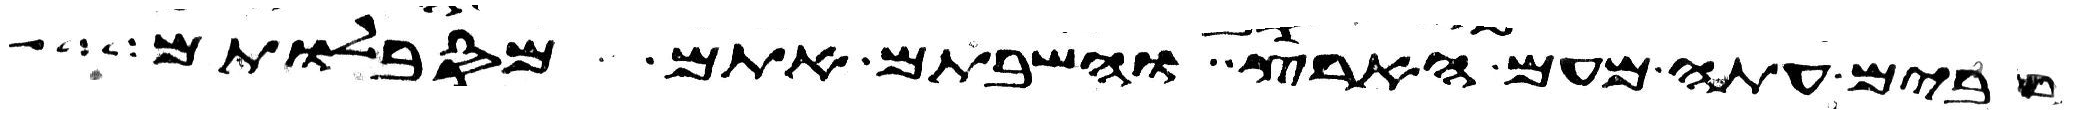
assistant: רבים עתה מעם הארץ והשבתם אתם מסבלותם